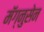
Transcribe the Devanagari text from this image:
मॅग्नुसेन